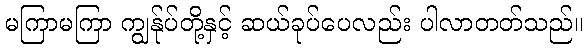
မကြာမကြာ ကျွန်ုပ်တို့နှင့် ဆယ်ခုပ်ပေလည်း ပါလာတတ်သည်။